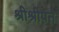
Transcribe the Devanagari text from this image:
श्रीश्रीपते